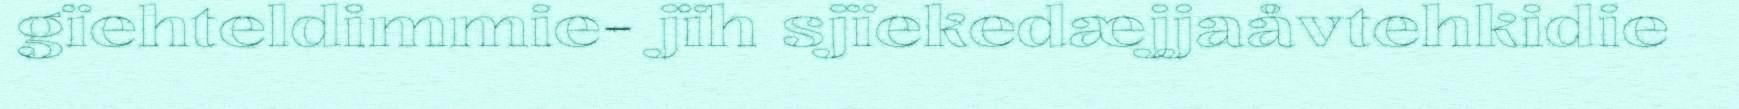
gïehteldimmie- jïh sjïekedæjjaåvtehkidie